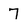
Character: 7